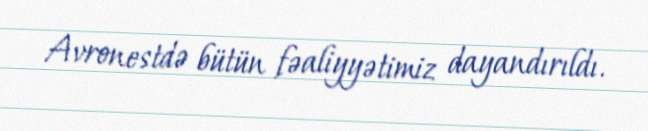
Avronestdə bütün fəaliyyətimiz dayandırıldı.